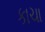
કાચા